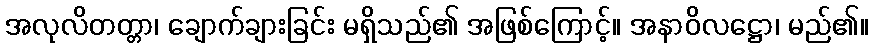
အလုလိတတ္တာ၊ ချောက်ချားခြင်း မရှိသည်၏ အဖြစ်ကြောင့်။ အနာဝိလဋ္ဌော၊ မည်၏။